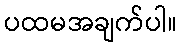
ပထမအချက်ပါ။